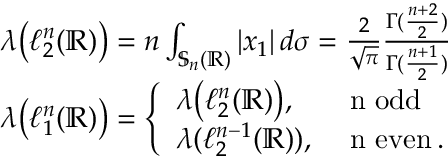
\begin{array} { r l } & { \boldsymbol { \lambda } \big ( \ell _ { 2 } ^ { n } ( \mathbb { R } ) \big ) = n \int _ { \mathbb { S } _ { n } ( \mathbb { R } ) } | x _ { 1 } | \, d \sigma = \frac { 2 } { \sqrt { \pi } } \frac { \Gamma ( \frac { n + 2 } { 2 } ) } { \Gamma ( \frac { n + 1 } { 2 } ) } } \\ & { \boldsymbol { \lambda } \big ( \ell _ { 1 } ^ { n } ( \mathbb { R } ) \big ) = \left\{ \begin{array} { l l } { \boldsymbol { \lambda } \big ( \ell _ { 2 } ^ { n } ( \mathbb { R } ) \big ) , } & { \mathrm { ~ n ~ o d d } } \\ { \boldsymbol { \lambda } ( \ell _ { 2 } ^ { n - 1 } ( \mathbb { R } ) ) , } & { \mathrm { ~ n ~ e v e n } \, . } \end{array} \right. } \end{array}